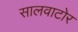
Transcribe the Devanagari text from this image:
सालवाटोर